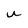
Character: u